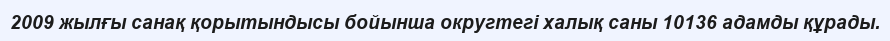
2009 жылғы санақ қорытындысы бойынша округтегі халық саны 10136 адамды құрады.